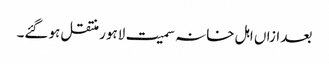
بعد ازاں اہل خانہ سمیت لاہور منتقل ہوگئے۔